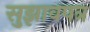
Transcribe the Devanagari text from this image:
सुझावपत्र